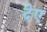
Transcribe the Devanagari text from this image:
देए